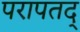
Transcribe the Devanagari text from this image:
परापतद्